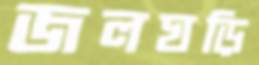
জলঘড়ি